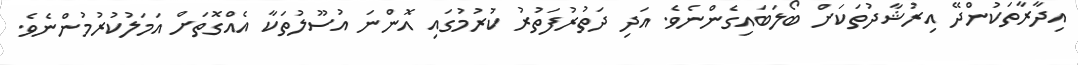
އިދާރާތަކުންދޭ އިރުޝާދުތަކަށް ބޯލަބައިގެންނެވެ. އަދި ދަތުރުފަތުރު ކުރުމުގައި އޮންނަ އުސޫލުތަކާ އެއްގޮތަށް އަމަލުކުރުމުންނެވެ.